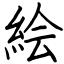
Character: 絵